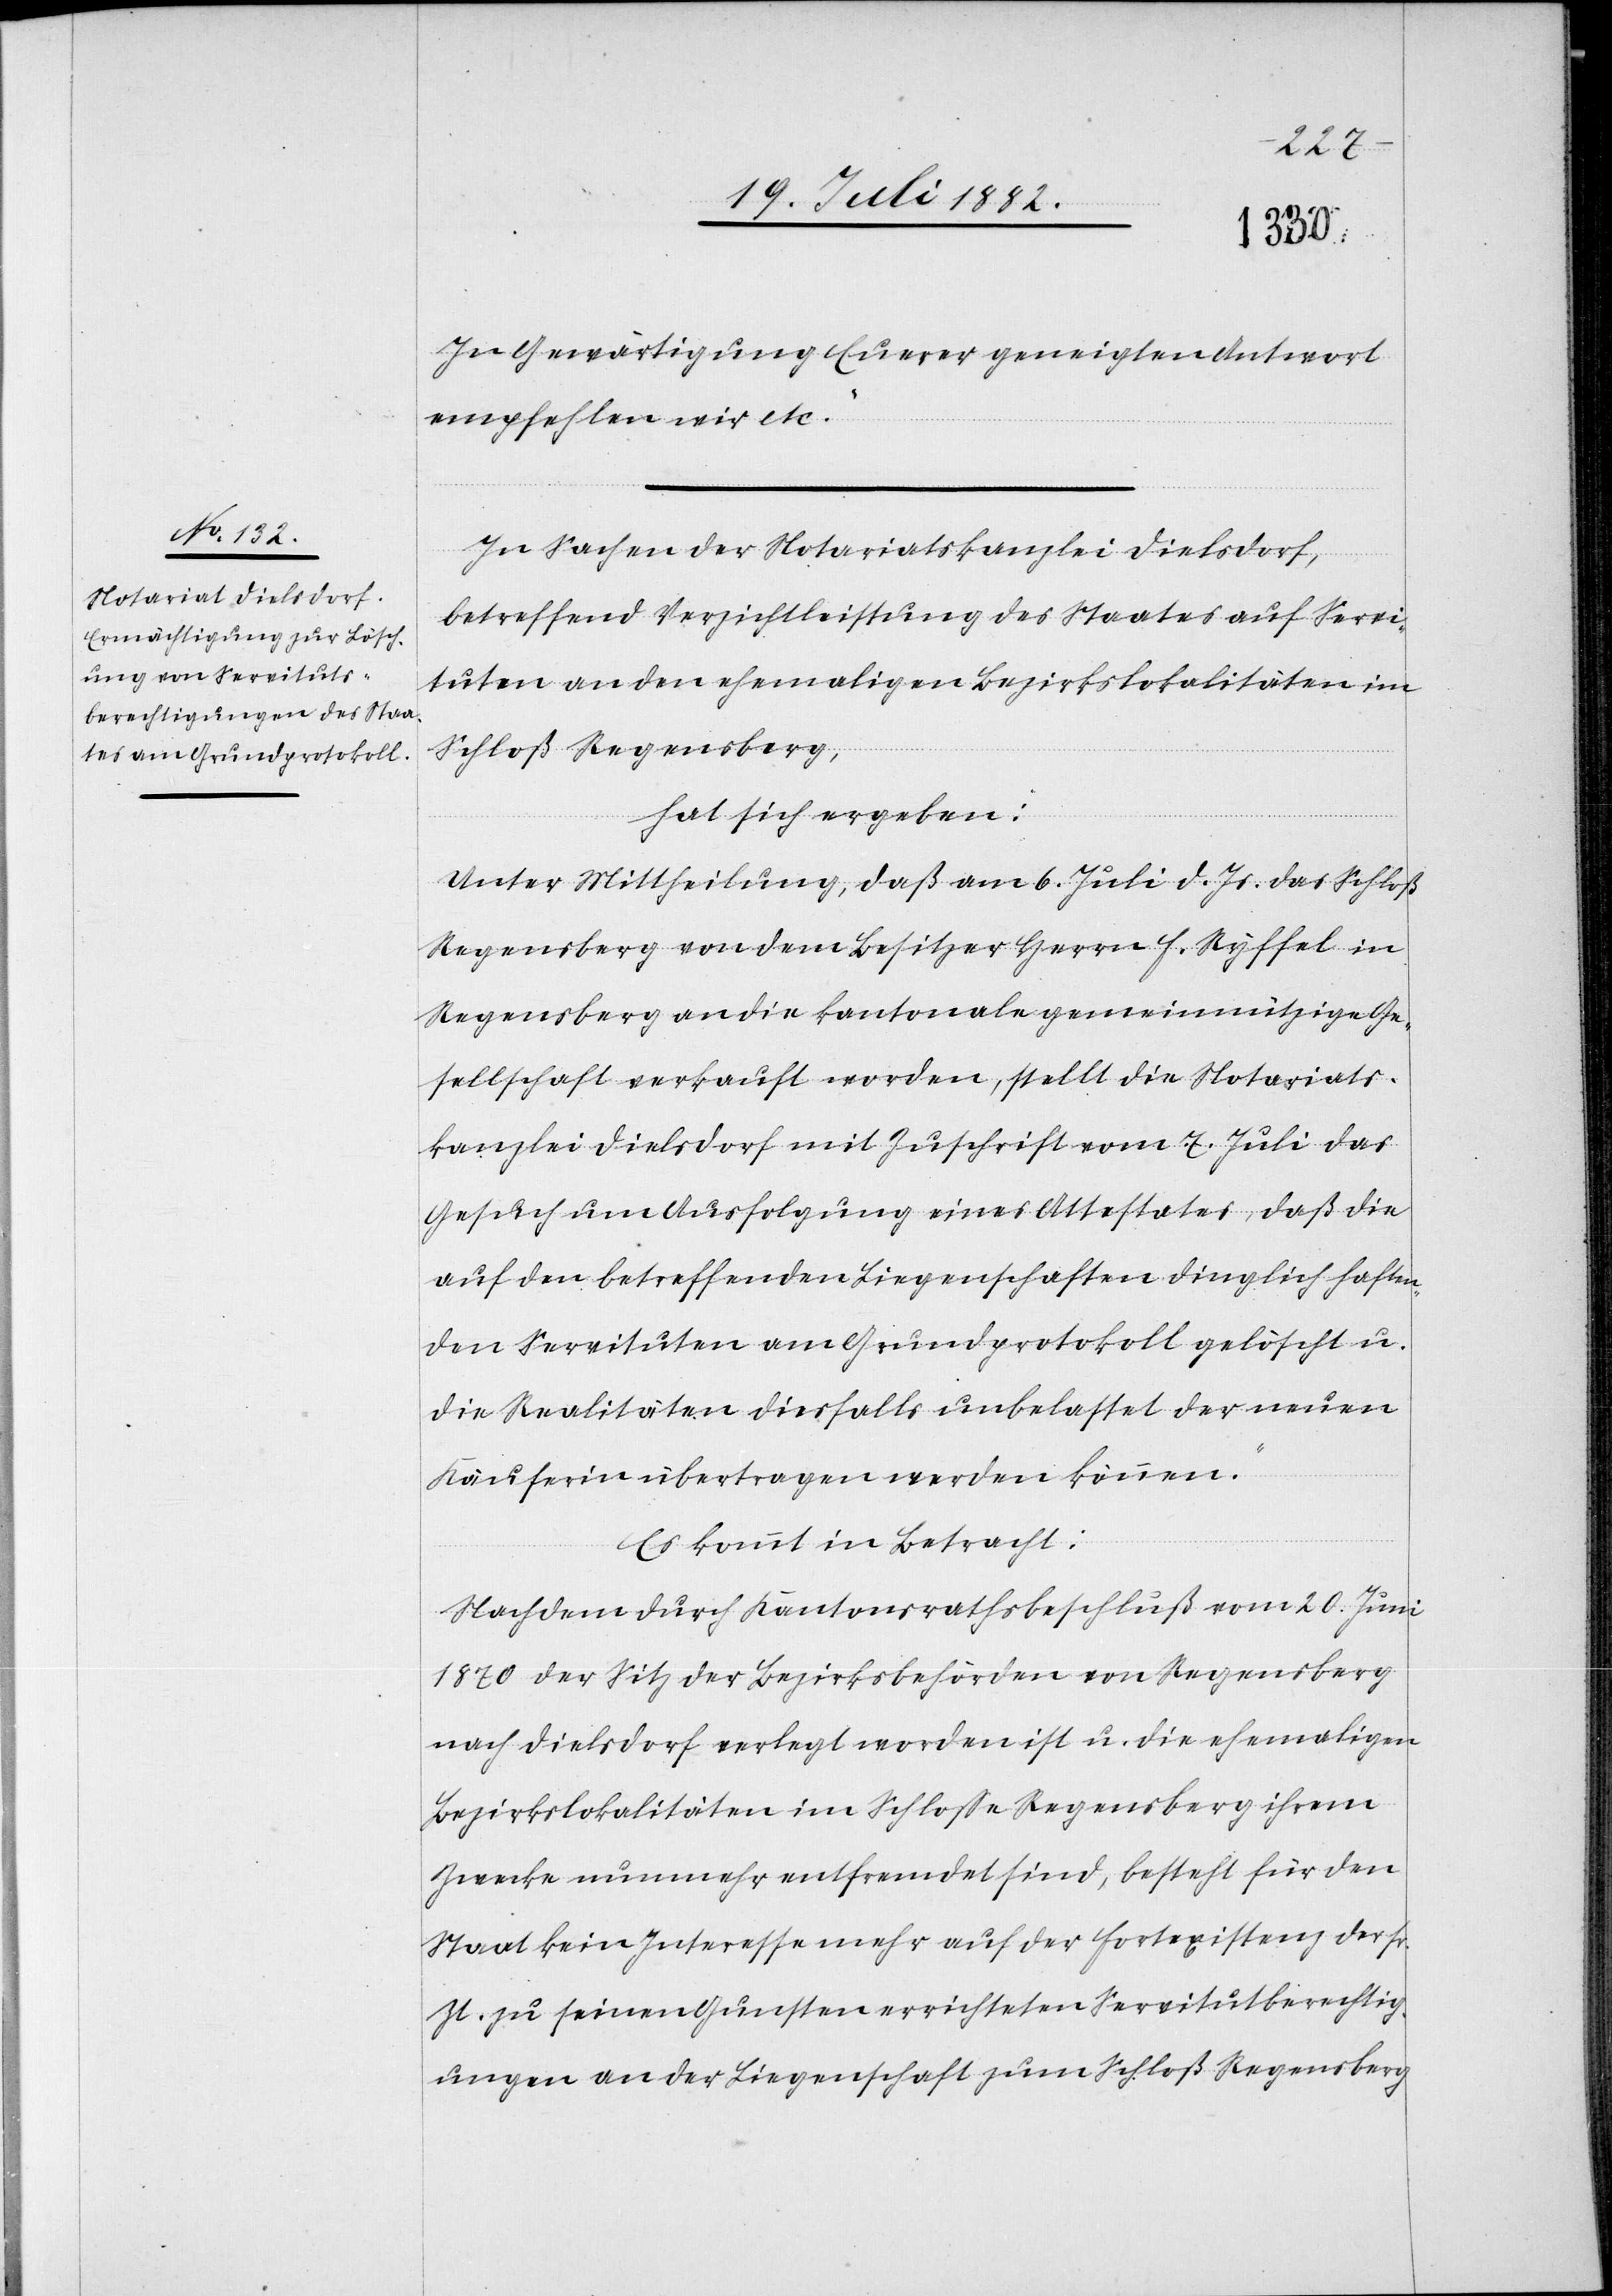
In Gewärtigung Euerer geneigten Antwort
empfehlen wir etc.
In Sachen der Notariatskanzlei Dielsdorf,
betreffend Verzichtleistung des Staates auf Servi¬
tuten an den ehemaligen Bezirkslokalitäten im
Schloß Regensberg,
hat sich ergeben:
Unter Mittheilung, daß am 6. Juli d. Js. das Schloß
Regensberg von dem Besitzer Herrn F. Ryffel in
Regensberg an die kantonale gemeinnützige Ge¬
sellschaft verkauft worden, stellt die Notariats¬
kanzlei Dielsdorf mit Zuschrift vom 7. Juli das
Gesuch um die Ausfolgung eines Attestates, daß die
auf den betreffenden Liegenschaften dinglich haften¬
den Servituten am Grundprotokoll gelöscht u.
die Realitäten diesfalls unbelastet der neuen
Käuferin übertragen werden können.
Es kommt in Betracht:
Nachdem durch Kantonsrathsbeschluß vom 20. Juni
1870 der Sitz der Bezirksbehörden von Regensberg
nach Dielsdorf verlegt worden ist u. die ehemaligen
Bezirkslokalitäten im Schloße Regensberg ihrem
Zwecke nunmehr entfremdet sind, besteht für den
Staat kein Interesse mehr auf der Fortexistenz der sr.
Zt. zu seinen Gunsten errichteten Servitutberechtig¬
ungen an der Liegenschaft zum Schloß Regensberg